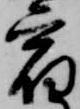
宿